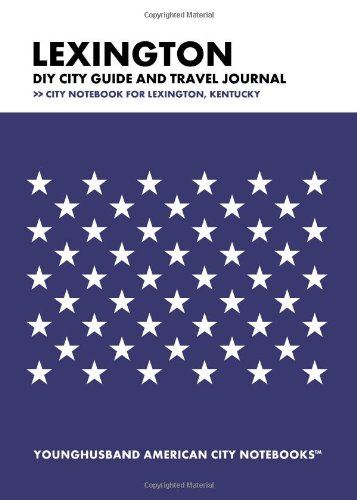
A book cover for Lexington DIY City Guide and Travel Journal: City Notebook for Lexington, Kentucky; Younghusband American City Notebooks; Travel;